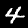
Digit: 4